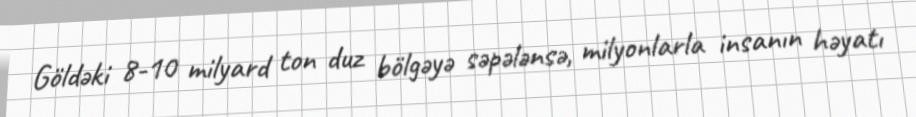
Göldəki 8-10 milyard ton duz bölgəyə səpələnsə, milyonlarla insanın həyatı